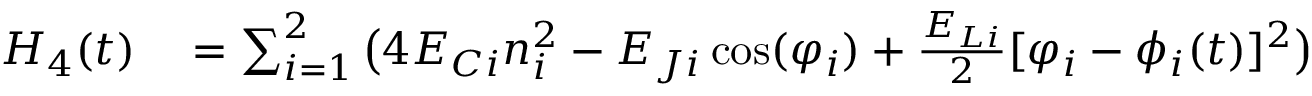
\begin{array} { r l } { H _ { 4 } ( t ) } & { { } = \sum _ { i = 1 } ^ { 2 } \big ( 4 E _ { C i } n _ { i } ^ { 2 } - E _ { J i } \cos ( \varphi _ { i } ) + \frac { E _ { L i } } { 2 } [ \varphi _ { i } - \phi _ { i } ( t ) ] ^ { 2 } \big ) } \end{array}